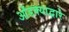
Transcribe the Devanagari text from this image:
ओंडक्याद्वारे